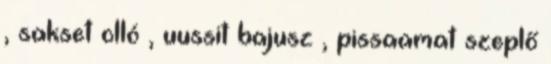
, sakset olló , uussit bajusz , pissaamat szeplő